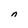
Character: n